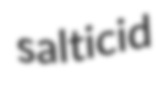
salticid